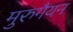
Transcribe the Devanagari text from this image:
मुरुगैयन